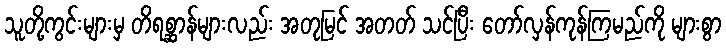
သူတို့ကွင်းများမှ တိရစ္ဆာန်များလည်း အတုမြင် အတတ် သင်ပြီး တော်လှန်ကုန်ကြမည်ကို များစွာ